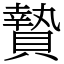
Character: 贄